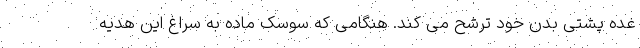
غده پشتی بدن خود ترشح می کند. هنگامی که سوسک ماده به سراغ این هدیه